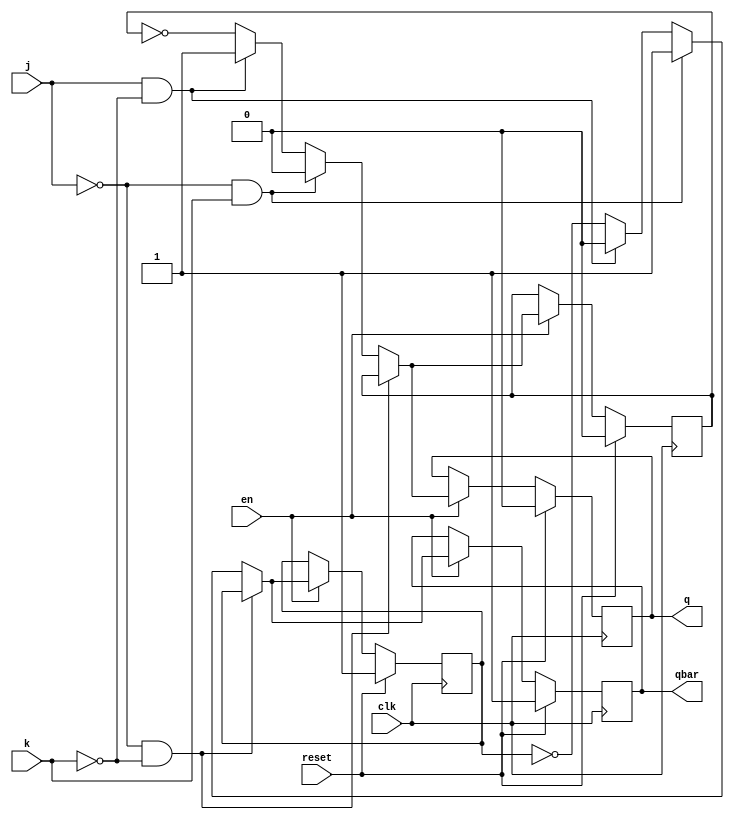

////////////////////////////////////////////////////////////////////////////////
// Company: 
// Engineer:
//
// Design Name:    
// Module Name:    jk_ff
// Project Name:   
// Target Device:  
// Tool versions:  
// Description:
//
// Dependencies:
// 
// Revision:
// Revision 0.01 - File Created
// Additional Comments:
// 
////////////////////////////////////////////////////////////////////////////////
module jk_ff(j, k, reset, en, clk, q, qbar);
    input j;
    input k;
    input reset; 
	 input en;
    input clk;
    output q;
    output qbar;
    
	 reg q, qbar, temp_q, temp_qbar ;

	 always @ (posedge clk)
	 begin
	 	if(reset)
		begin
			q = 1'b 0 ;      qbar = 1'b 1 ;
			temp_q = 1'b 0 ;	temp_qbar = 1'b 1 ;	 			
		end

		else
		begin
			if (en)
			begin
				if (j == 1'b 0 && k == 1'b 0)
				begin
					q = temp_q ;
					qbar = temp_qbar ;
				end

				else if (j == 1'b 0 && k == 1'b 1)
				begin
					q = 1'b 0 ;  temp_q = 1'b 0 ;
					qbar = 1'b 1 ;  temp_qbar = 1'b 1 ;
				end

				else if (j == 1'b 1 && k == 1'b 0)
				begin
					q = 1'b 1 ;  temp_q = 1'b 1 ;
					qbar = 1'b 0 ;  temp_qbar = 1'b 0 ;
				end

				else
				begin
					  temp_q = ! temp_q ;
					  q = temp_q ;
					  temp_qbar = ! temp_qbar ;
					  qbar = temp_qbar ;
				end
		  end	 // end en
	  end	 // end else(reset)
  end // end always
endmodule